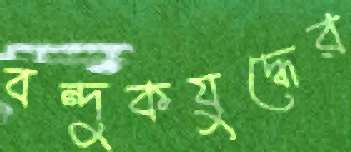
বন্দুকযুদ্ধের